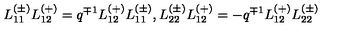
L _ { 1 1 } ^ { ( \pm ) } L _ { 1 2 } ^ { ( + ) } = q ^ { \mp 1 } L _ { 1 2 } ^ { ( + ) } L _ { 1 1 } ^ { ( \pm ) } , L _ { 2 2 } ^ { ( \pm ) } L _ { 1 2 } ^ { ( + ) } = - q ^ { \mp 1 } L _ { 1 2 } ^ { ( + ) } L _ { 2 2 } ^ { ( \pm ) }